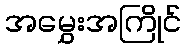
အမွှေးအကြိုင်